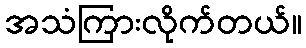
အသံကြားလိုက်တယ်။